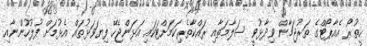
ހީތުރޯ އެއާޕޯޓްގެ ތަރުޖަމާން ވިދާޅުވީ ސަލާމަތާއި ރައްކާތެރިކަމަށްޓަކައި އަޅަންޖެހޭ ފިޔަވަޅުތައް އެޅުމަށް ފުލުހުންނާއި